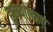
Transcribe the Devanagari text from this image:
हुमणाबाद